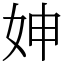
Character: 妽